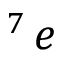
^ 7 \, e